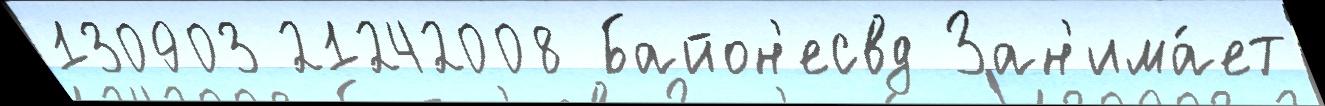
130903 21242008 Байон'есвд Зан'има́ет